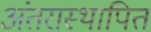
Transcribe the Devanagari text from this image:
अंतरास्थापित